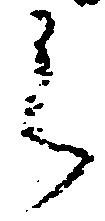
之